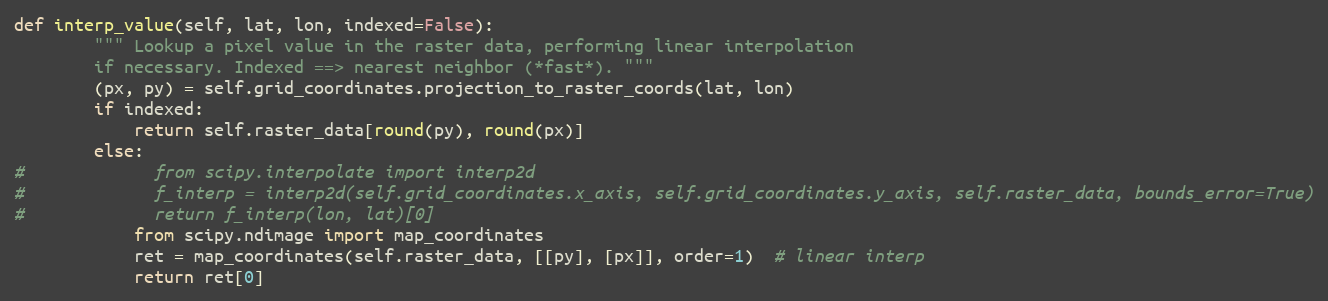
Language: Python
def interp_value(self, lat, lon, indexed=False):
        """ Lookup a pixel value in the raster data, performing linear interpolation
        if necessary. Indexed ==> nearest neighbor (*fast*). """
        (px, py) = self.grid_coordinates.projection_to_raster_coords(lat, lon)
        if indexed:
            return self.raster_data[round(py), round(px)]
        else:
#             from scipy.interpolate import interp2d
#             f_interp = interp2d(self.grid_coordinates.x_axis, self.grid_coordinates.y_axis, self.raster_data, bounds_error=True)
#             return f_interp(lon, lat)[0]
            from scipy.ndimage import map_coordinates
            ret = map_coordinates(self.raster_data, [[py], [px]], order=1)  # linear interp
            return ret[0]